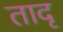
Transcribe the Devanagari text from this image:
तादृ